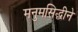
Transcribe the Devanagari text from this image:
मनुमसिद्धीने